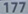
1777